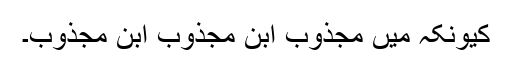
کیونکہ میں مجذوب ابن مجذوب ابن مجذوب۔